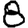
Digit: 8